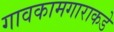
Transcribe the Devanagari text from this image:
गावकामगाराकडे